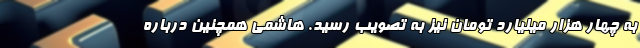
به چهار هزار میلیارد تومان نیز به تصویب رسید. هاشمی همچنین درباره